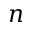
n